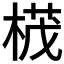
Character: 𣕚